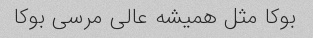
بوکا مثل همیشه عالى مرسى بوکا